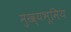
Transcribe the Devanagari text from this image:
मुख्यभूमिय